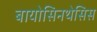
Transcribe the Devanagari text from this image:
बायोसिनथेसिस